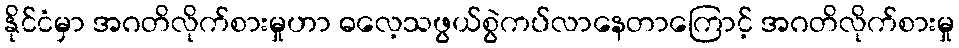
နိုင်ငံမှာ အဂတိလိုက်စားမှုဟာ ဓလေ့သဖွယ်စွဲကပ်လာနေတာကြောင့် အဂတိလိုက်စားမှု